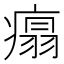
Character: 𤹀